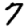
Digit: 7